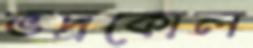
ভদ্রকোল